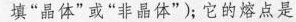
填”晶体”或”非晶体”)；它的熔点是